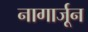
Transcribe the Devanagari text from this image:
नागार्जून